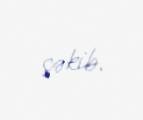
çəkib.